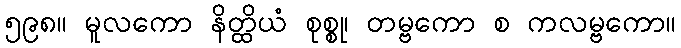
၅၉၈။ မူလကော နိတ္ထိယံ စုစ္စု၊ တမ္ဗကော စ ကလမ္ဗကော။